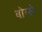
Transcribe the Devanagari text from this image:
बोग्ले